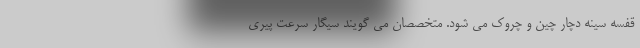
قفسه سینه دچار چین و چروک می شود. متخصصان می گویند سیگار سرعت پیری